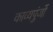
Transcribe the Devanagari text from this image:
काव्यपुंजों